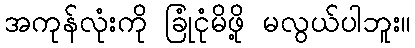
အကုန်လုံးကို ခြုံငုံမိဖို့ မလွယ်ပါဘူး။